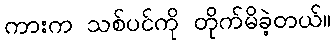
ကားက သစ်ပင်ကို တိုက်မိခဲ့တယ်။